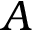
A